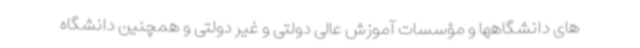
های دانشگاهها و مؤسسات آموزش عالی دولتی و غیر دولتی و همچنین دانشگاه